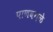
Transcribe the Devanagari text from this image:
पाणबगळे